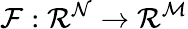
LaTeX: \mathcal{F:\mathcal{R}^{N}\rightarrow\mathcal{R}^{M}}